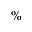
\%